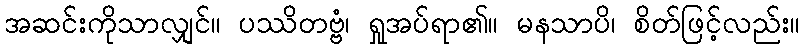
အဆင်းကိုသာလျှင်။ ပဿိတဗ္ဗံ၊ ရှုအပ်ရာ၏။ မနသာပိ၊ စိတ်ဖြင့်လည်း။